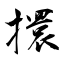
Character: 擐